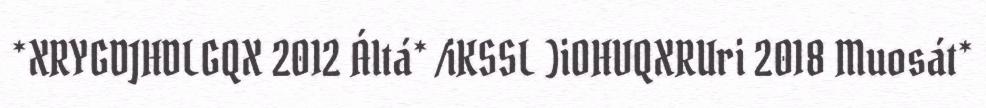
*XRYGDJHDLGQX 2012 Áltá* /iKSSL )iOHVQXRUri 2018 Muosát*